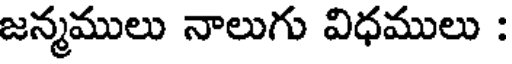
జన్మములు నాలుగు విధములు :